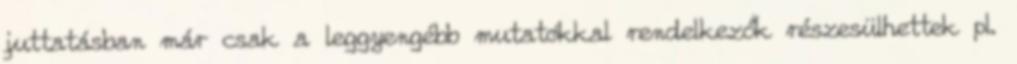
juttatásban már csak a leggyengébb mutatókkal rendelkezők részesülhettek pl.